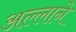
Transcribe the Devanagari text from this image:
अल्लाने